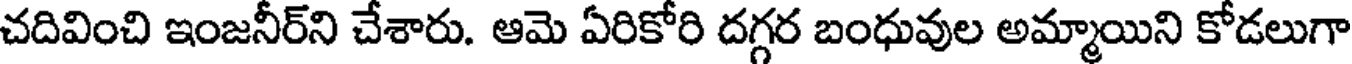
చదివించి ఇంజనీర్ని చేశారు. ఆమె ఏరికోరి దగ్గర బంధువుల అమ్మాయిని కోడలుగా